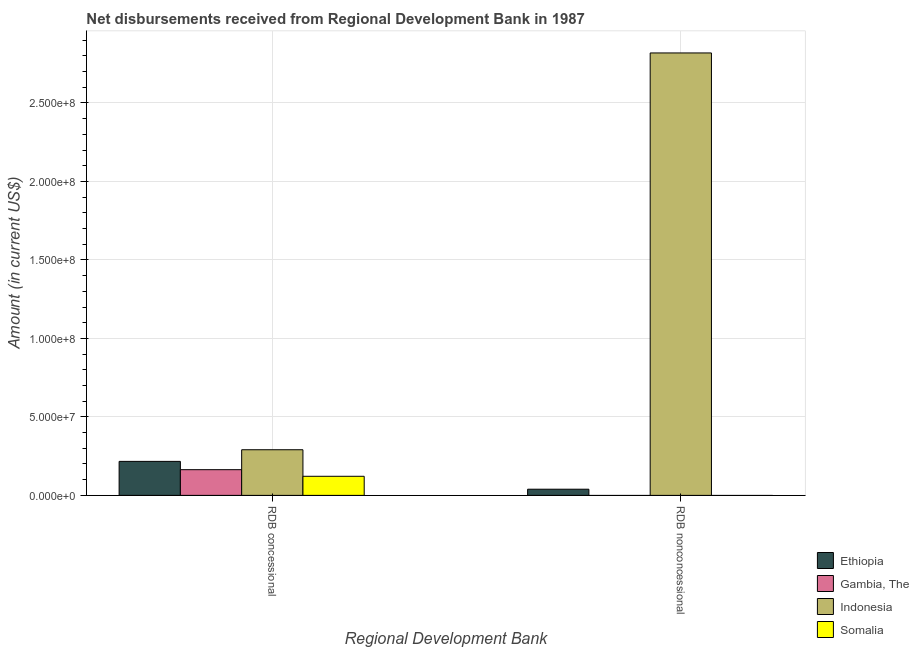
| Regional Development Bank | Ethiopia | Gambia, The | Indonesia | Somalia |
 | --- | --- | --- | --- | --- |
 | RDB concessional | 2.17e+07 | 1.64e+07 | 2.91e+07 | 1.22e+07 |
 | RDB nonconcessional | 3.93e+06 | -4.57e+05 | 2.82e+08 | -6.34e+05 |